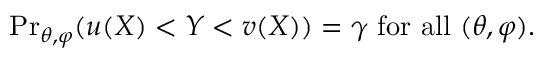
{ \operatorname* { P r } } _ { \theta , \varphi } ( u ( X ) < Y < v ( X ) ) = \gamma { \mathrm { ~ f o r ~ a l l ~ } } ( \theta , \varphi ) .